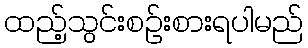
ထည့်သွင်းစဉ်းစားရပါမည်